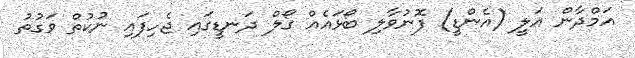
އަމްދާން އަލީ (އެންޑީ) ފޮނުވާލި ބޯޅައެއް ގޯލް ދަނޑީގައި ޖެހިފައި ނުކުތް ވަގުތު